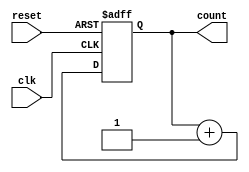
module UpCounterMoore #(
    parameter N = 4  // Number of bits for the counter
)(
    input wire clk,      // Clock input
    input wire reset,    // Asynchronous reset input
    output reg [N-1:0] count // N-bit output for the counter
);

// Always block for state transition
always @(posedge clk or posedge reset) begin
    if (reset) begin
        count <= 0; // Reset the counter to 0
    end else begin
        count <= count + 1; // Increment the counter
    end
end

endmodule